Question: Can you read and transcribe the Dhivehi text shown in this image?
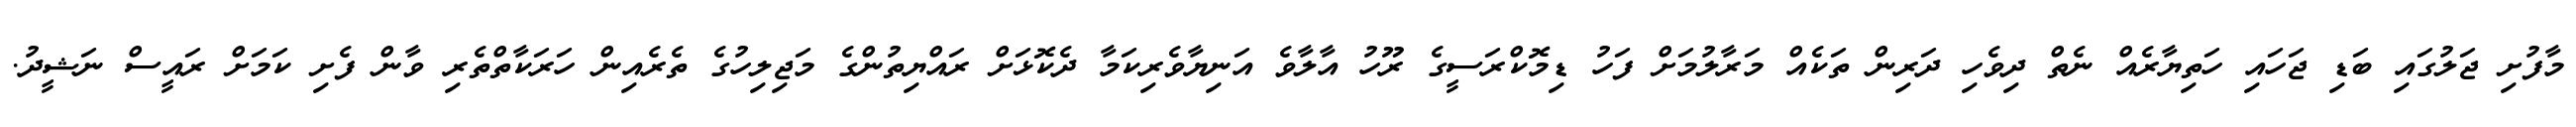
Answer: މާފުށި ޖަލުގައި ބަޑި ޖަހައި ހަތިޔާރެއް ނެތް ދިވެހި ދަރިން ތަކެއް މަރާލުމަށް ފަހު ޑިމޮކްރަސީގެ ރޫހު އާލާވެ އަނިޔާވެރިކަމާ ދެކޮޅަށް ރައްޔިތުންގެ މަޖިލިހުގެ ތެރެއިން ހަރަކާތްތެރި ވާން ފެށި ކަމަށް ރައީސް ނަޝީދު.